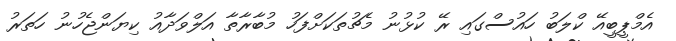
އެމްޕީބީއޭ ކްލަބު ހައުސްގައި ރޭ ކުޅުނު މެޗުތަކަށްފަހު މުބާރާތާ އަލްވަދާއު ކިޔަންޖެހުނު ހަތަރު